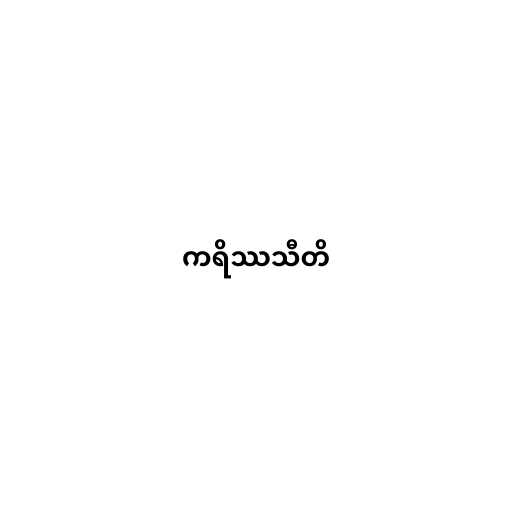
ကရိဿသီတိ